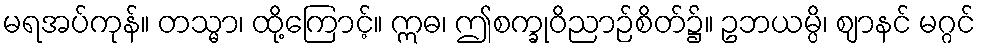
မရအပ်ကုန်။ တသ္မာ၊ ထို့ကြောင့်။ ဣဓ၊ ဤစက္ခုဝိညာဉ်စိတ်၌။ ဥဘယမ္ပိ၊ ဈာနင် မဂ္ဂင်